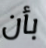
بأن